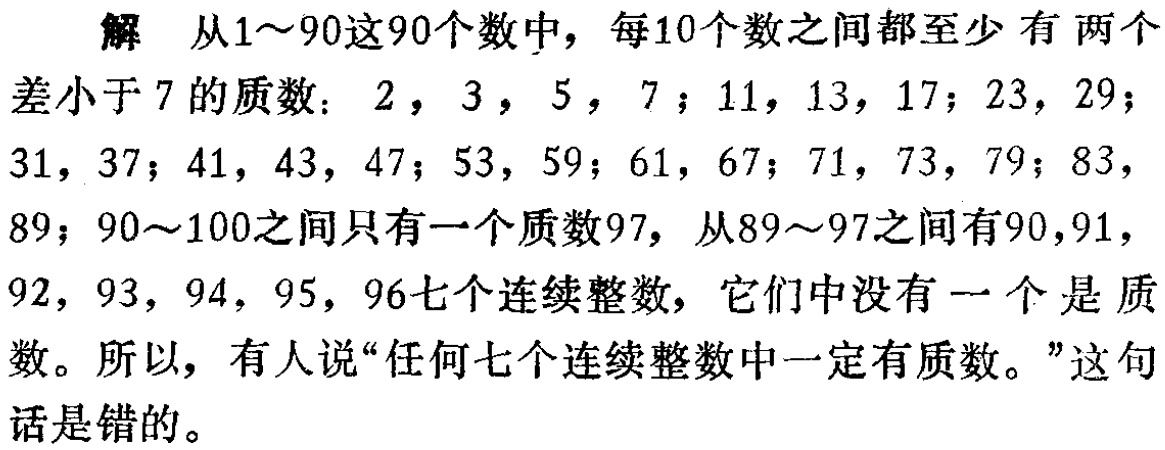
解 从1\sim90这90个数中，每10个数之间都至少有两个
差小于7的质数：2，3，5，7；11，13，17；23，29；
31，37；41，43，47；53，59；61，67；71，73，79；83，
89；90\sim100之间只有一个质数97，从89\sim97之间有90,91，
92，93，94，95，96七个连续整数，它们中没有一个是质
数。所以，有人说“任何七个连续整数中一定有质数。”这句
话是错的。